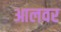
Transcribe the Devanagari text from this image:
आलवर